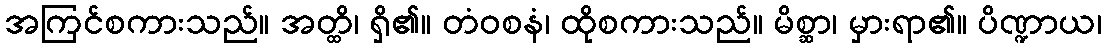
အကြင်စကားသည်။ အတ္ထိ၊ ရှိ၏။ တံဝစနံ၊ ထိုစကားသည်။ မိစ္ဆာ၊ မှားရာ၏။ ပိဏ္ဍာယ၊